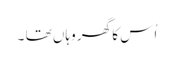
اُس کا گھر وہاں تھا ۔